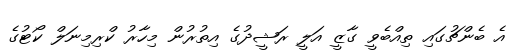
އެ ބެންޗުގައި ތިއްބެވީ ގާޒީ އަލީ ރަޝީދުގެ އިތުރުން މިހާރު ކްރިމިނަލް ކޯޓުގެ